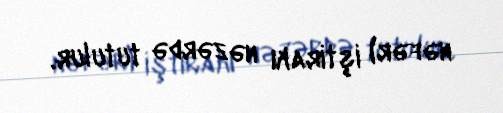
nəfər) iştirakı nəzərdə tutulur.